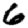
Digit: 6